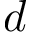
d